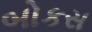
બોકસ